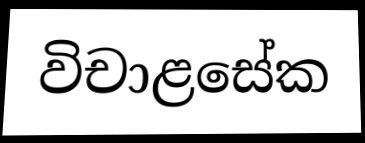
විචාළසේක